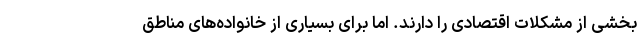
بخشی از مشکلات اقتصادی را دارند. اما برای بسیاری از خانواده‌های مناطق